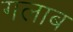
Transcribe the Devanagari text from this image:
गलाब